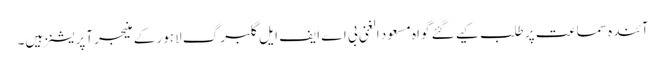
آئندہ سماعت پر طلب کیے گئے گواہ مسعود الغنی بی اے ایف ایل گلبرگ لاہور کے منیجر آپریشنز ہیں۔